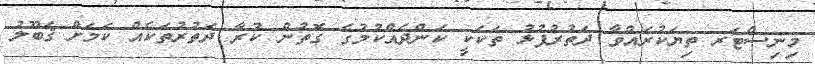
މިނިސްޓަރ ތިޔަކުރައްވާ ދަތުރުފުޅު ތަކަކީ ކަންދެއްކުމުގެ ގޮތުން ކުރާ ދަތުރުތަކެއް ކަމަށް ޤަބޫލު